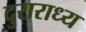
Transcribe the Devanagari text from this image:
दुराराध्य